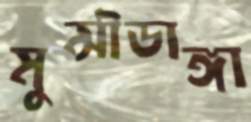
মুন্সীডাঙ্গা